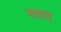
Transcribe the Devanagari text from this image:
सल्लाह